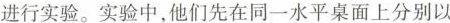
进行实验。实验中，他们先在同一水平桌面上分别以